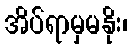
အိပ်ရာမှမနိုး၊